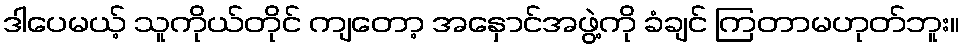
ဒါပေမယ့် သူကိုယ်တိုင် ကျတော့ အနှောင်အဖွဲ့ကို ခံချင် ကြတာမဟုတ်ဘူး။